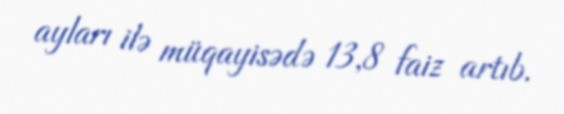
ayları ilə müqayisədə 13,8 faiz artıb.